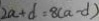
2 a + d = 8 ( a - d )